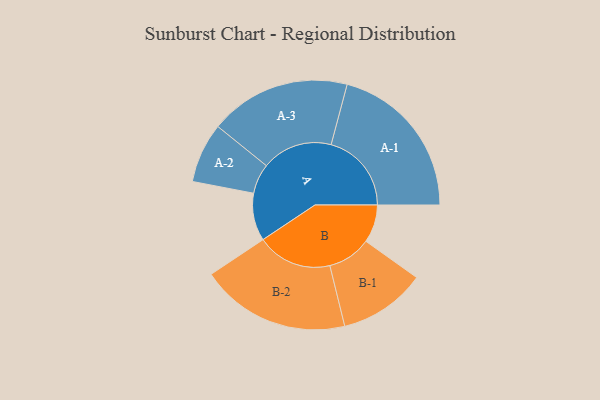
{"axis": {"x": "Segment", "y": "Value"}, "legend": ["", "A", "B"], "data": [{"x": "A", "y": 162, "type": ""}, {"x": "B", "y": 129, "type": ""}, {"x": "A-1", "y": 273, "type": "A"}, {"x": "A-2", "y": 102, "type": "A"}, {"x": "A-3", "y": 240, "type": "A"}, {"x": "B-1", "y": 148, "type": "B"}, {"x": "B-2", "y": 255, "type": "B"}]}